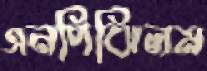
এনপিঝিলম